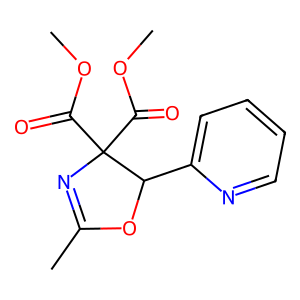
SMILES: COC(=O)C1(C(=O)OC)N=C(C)OC1c1ccccn1
Inhibits HIV replication: No